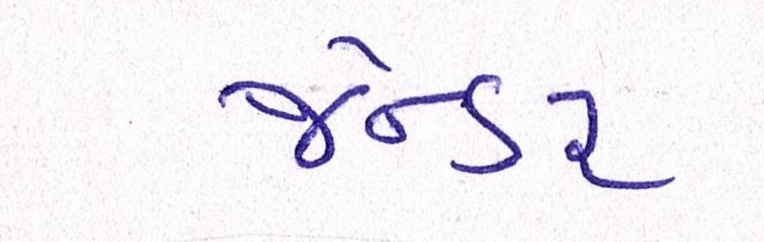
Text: જેન્ડર